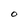
Character: O